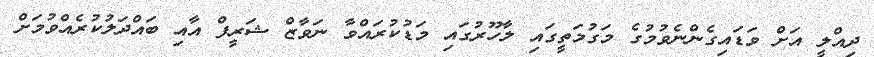
ދިއްލީ އަށް ވަޑައިގެންނެވުމުގެ މަގުމަތީގައި ލާހޫރުގައި މަޑުކުރައްވާ ނަވާޒް ޝަރީފް އާއި ބައްދަލުކުރެއްވުމަށް